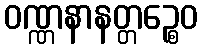
ဝဏ္ဏနာနတ္တဉ္စေဝ